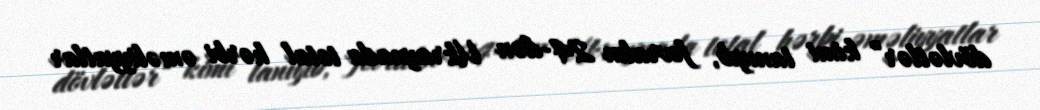
dövlətlər” kimi tanıyıb, fevralın 24-dən Ukraynada total hərbi əməliyyatlar